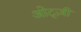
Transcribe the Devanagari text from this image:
ओट्ज़ी